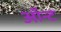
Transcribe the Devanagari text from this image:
ऑन्ट